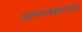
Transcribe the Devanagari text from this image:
अनन्तकल्पाय